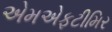
એમએફટીમિર